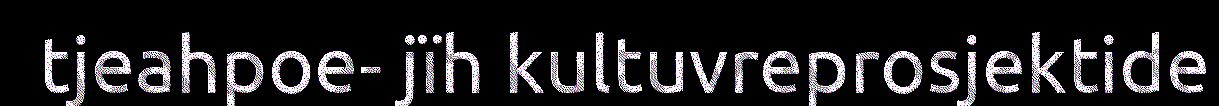
tjeahpoe- jïh kultuvreprosjektide